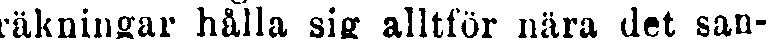
räkningar hålla sig alltför nära det san-